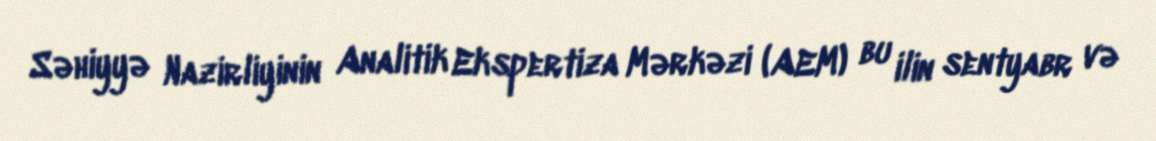
Səhiyyə Nazirliyinin Analitik Ekspertiza Mərkəzi (AEM) bu ilin sentyabr və